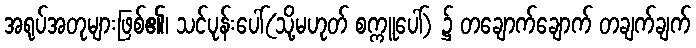
အရုပ်အတုများဖြစ်၏၊ သင်ပုန်းပေါ်(သို့မဟုတ် စက္ကူပေါ်) ၌ တချောက်ချောက် တချက်ချက်